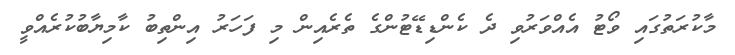
މާކުރަތުގައި ވޯޓު އެއްވަރުވި ދެ ކެންޑިޑޭޓުންގެ ތެރެއިން މި ފަހަރު އިންތިބު ކާމިޔާބުކުރެއްވީ